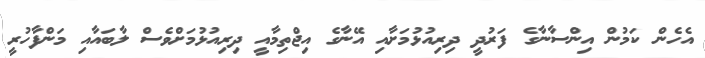
އެހެން ކަމުން އިންސާނާގެ ފަރުދީ ދިރިއުޅުމަށާއި އޭނާގެ އިޖްތިމާއީ ދިރިއުޅުމަށްވެސް ލާބައާއި މަންފާހުރީ